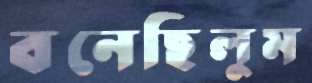
বনেছিলুম